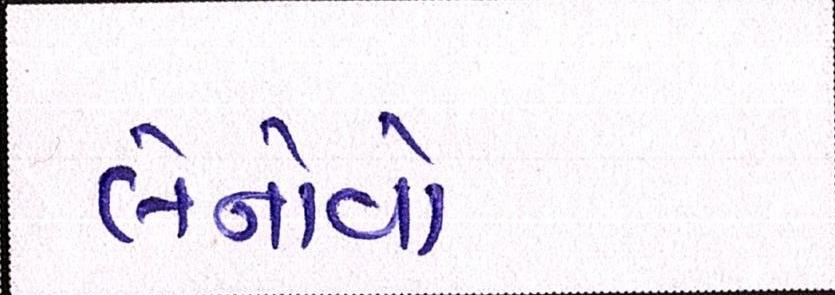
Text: લેનોવો